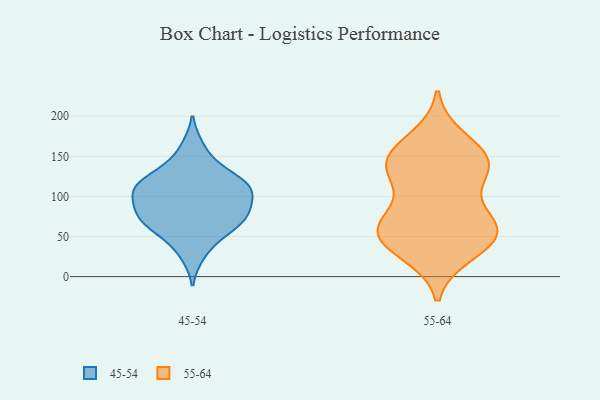
{"axis": {"x": "Production Output", "y": "Value"}, "legend": ["45-54", "55-64"], "data": [{"x": "", "y": 80, "type": "45-54"}, {"x": "", "y": 25, "type": "45-54"}, {"x": "", "y": 164, "type": "45-54"}, {"x": "", "y": 59, "type": "45-54"}, {"x": "", "y": 137, "type": "45-54"}, {"x": "", "y": 75, "type": "45-54"}, {"x": "", "y": 119, "type": "45-54"}, {"x": "", "y": 113, "type": "45-54"}, {"x": "", "y": 71, "type": "45-54"}, {"x": "", "y": 109, "type": "45-54"}, {"x": "", "y": 135, "type": "45-54"}, {"x": "", "y": 107, "type": "45-54"}, {"x": "", "y": 94, "type": "45-54"}, {"x": "", "y": 81, "type": "45-54"}, {"x": "", "y": 107, "type": "45-54"}, {"x": "", "y": 58, "type": "45-54"}, {"x": "", "y": 48, "type": "45-54"}, {"x": "", "y": 84, "type": "45-54"}, {"x": "", "y": 113, "type": "45-54"}, {"x": "", "y": 63, "type": "55-64"}, {"x": "", "y": 131, "type": "55-64"}, {"x": "", "y": 39, "type": "55-64"}, {"x": "", "y": 45, "type": "55-64"}, {"x": "", "y": 155, "type": "55-64"}, {"x": "", "y": 141, "type": "55-64"}, {"x": "", "y": 69, "type": "55-64"}, {"x": "", "y": 61, "type": "55-64"}, {"x": "", "y": 66, "type": "55-64"}, {"x": "", "y": 141, "type": "55-64"}, {"x": "", "y": 30, "type": "55-64"}, {"x": "", "y": 142, "type": "55-64"}, {"x": "", "y": 56, "type": "55-64"}, {"x": "", "y": 171, "type": "55-64"}, {"x": "", "y": 120, "type": "55-64"}]}